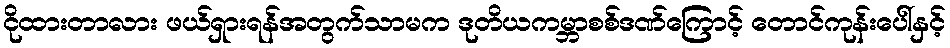
ငိုထားတာလား ဖယ်ရှားရန်အတွက်သာမက ဒုတိယကမ္ဘာစစ်ဒဏ်ကြောင့် တောင်ကုန်းပေါ်နှင့်